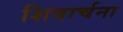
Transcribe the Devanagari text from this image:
शिवार्चना